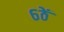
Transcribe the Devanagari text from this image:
६ठें